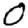
Digit: 0